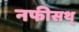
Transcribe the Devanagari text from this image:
नफीसथ्